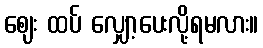
ဈေး ထပ် လျှော့ပေးလို့ရမလား။